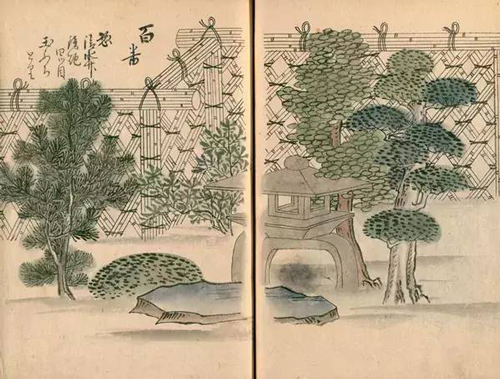
篱落疏疏一径深，树头花落未成阴。